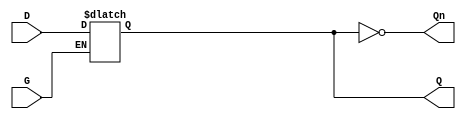
module DualInputGatedLatch (
    input wire D,      // Data Input
    input wire G,      // Gate Input
    output reg Q,      // Output
    output wire Qn     // Complement Output
);

// Assign the complement output
assign Qn = ~Q;

// Always block sensitive to the gate input
always @ (G or D) begin
    if (G) begin
        Q <= D;  // Capture the value of D when G is high
    end
    // When G is low, Q retains its previous state
end

endmodule